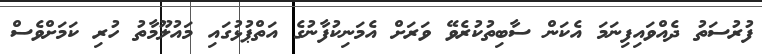
ފުރުސަތު ދެއްވައިފިނަމަ އެކަން ސާބިތުކުރެވޭ ވަރަށް އެމަނިކުފާނުގެ އަތްޕުޅުގައި މައުލޫމާތު ހުރި ކަމަށްވެސް